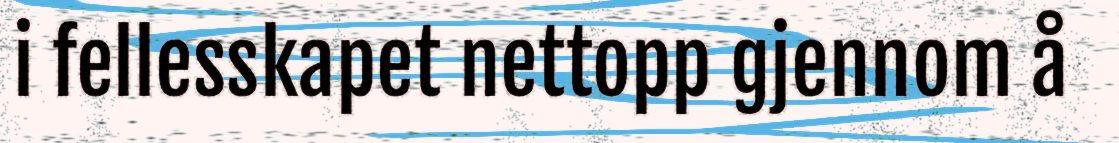
i fellesskapet nettopp gjennom å